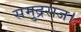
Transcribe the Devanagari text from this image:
समुद्रराज।